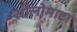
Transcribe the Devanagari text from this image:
सीलोमाटा